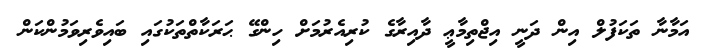
އަމާނާ ތަކަފުލް އިން ދަނީ އިޖްތިމާޢީ ދާއިރާގެ ކުރިއެރުމަށް ހިންގޭ ޙަރަކާތްތަކުގައި ބައިވެރިވަމުންކަން